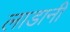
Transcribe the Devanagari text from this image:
लाडानी